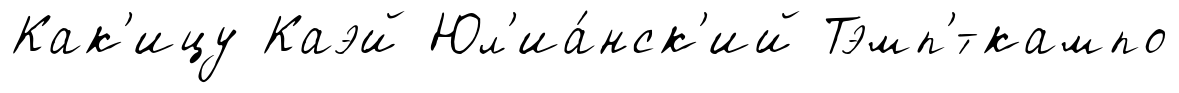
Как'ицу Каэй Юл'иа́нск'ий Тэмп'́-кампо